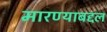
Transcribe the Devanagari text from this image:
मारण्याबद्दल